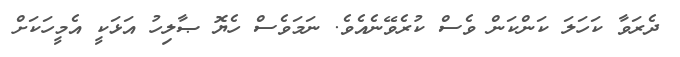
ދެރަވާ ކަހަލަ ކަންކަން ވެސް ކުރެވޭނެއެވެ. ނަމަވެސް ހެޔޮ ޞާލިހު އަޅަކީ އެމީހަކަށް